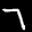
Label: 7